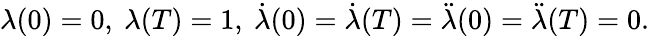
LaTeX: \begin{array}{r}{\lambda(0)=0,~\lambda(T)=1,~\dot{\lambda}(0)=\dot{\lambda}(T)=\ddot{\lambda}(0)=\ddot{\lambda}(T)=0.}\end{array}